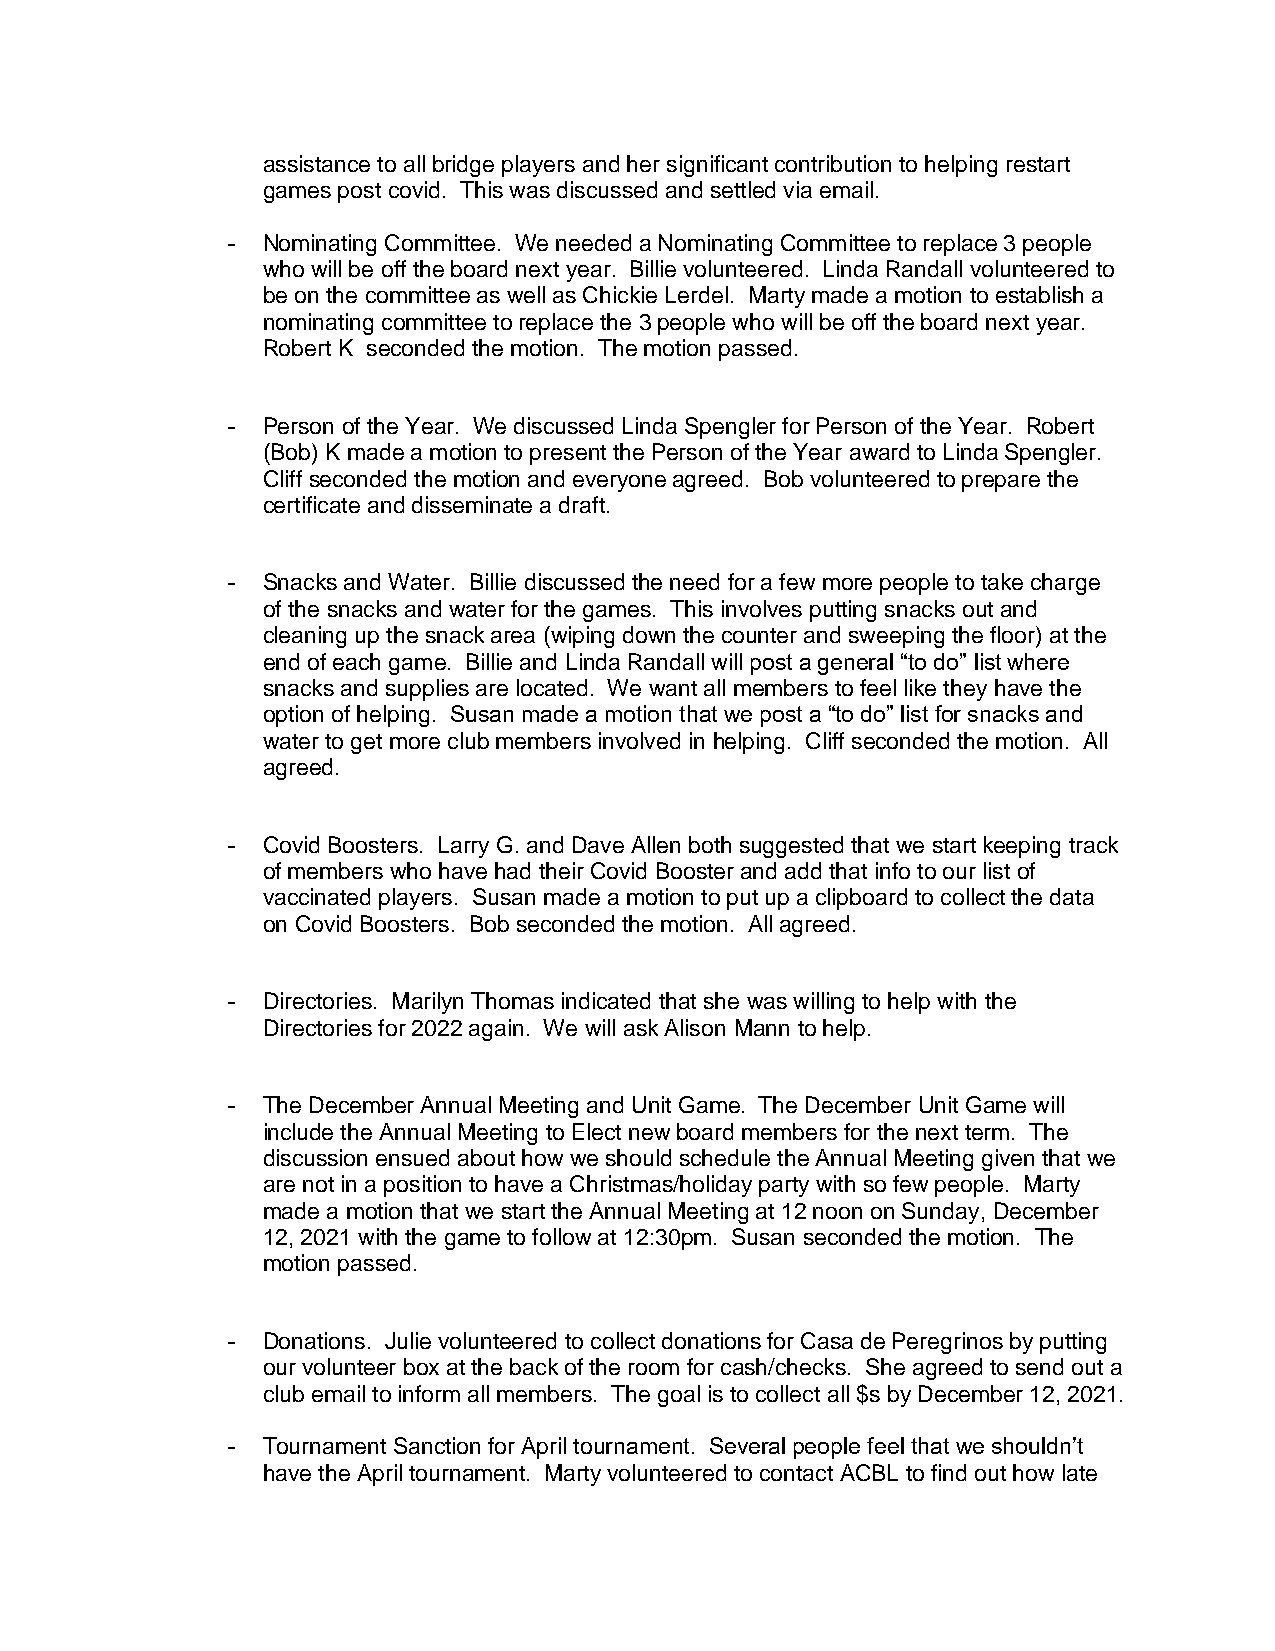
assistance to all bridge players and her significant contribution to helping restart
 games post covid. This was discussed and settled via email.
 - Nominating Committee. We needed a Nominating Committee to replace 3 people
 who will be off the board next year. Billie volunteered. Linda Randall volunteered to
 be on the committee as well as Chickie Lerdel. Marty made a motion to establish a
 nominating committee to replace the 3 people who will be off the board next year.
 Robert K seconded the motion. The motion passed.
 - Person of the Year. We discussed Linda Spengler for Person of the Year. Robert
 (Bob) K made a motion to present the Person of the Year award to Linda Spengler.
 Cliff seconded the motion and everyone agreed. Bob volunteered to prepare the
 certificate and disseminate a draft.
 - Snacks and Water. Billie discussed the need for a few more people to take charge
 of the snacks and water for the games. This involves putting snacks out and
 cleaning up the snack area (wiping down the counter and sweeping the floor) at the
 end of each game. Billie and Linda Randall will post a general “to do” list where
 snacks and supplies are located. We want all members to feel like they have the
 option of helping. Susan made a motion that we post a “to do” list for snacks and
 water to get more club members involved in helping. Cliff seconded the motion. All
 agreed.
 - Covid Boosters. Larry G. and Dave Allen both suggested that we start keeping track
 of members who have had their Covid Booster and add that info to our list of
 vaccinated players. Susan made a motion to put up a clipboard to collect the data
 on Covid Boosters. Bob seconded the motion. All agreed.
 - Directories. Marilyn Thomas indicated that she was willing to help with the
 Directories for 2022 again. We will ask Alison Mann to help.
 - The December Annual Meeting and Unit Game. The December Unit Game will
 include the Annual Meeting to Elect new board members for the next term. The
 discussion ensued about how we should schedule the Annual Meeting given that we
 are not in a position to have a Christmas/holiday party with so few people. Marty
 made a motion that we start the Annual Meeting at 12 noon on Sunday, December
 12, 2021 with the game to follow at 12:30pm. Susan seconded the motion. The
 motion passed.
 - Donations. Julie volunteered to collect donations for Casa de Peregrinos by putting
 our volunteer box at the back of the room for cash/checks. She agreed to send out a
 club email to inform all members. The goal is to collect all $s by December 12, 2021.
 - Tournament Sanction for April tournament. Several people feel that we shouldn’t
 have the April tournament. Marty volunteered to contact ACBL to find out how late